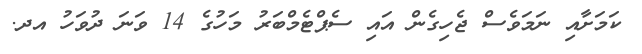
ކަމަށާއި ނަމަވެސް ޖެހިގެން އައި ސެޕްޓެމްބަރު މަހުގެ 14 ވަނަ ދުވަހު އދ.